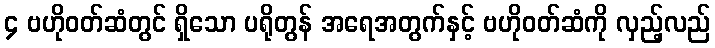
၄ ဗဟိုဝတ်ဆံတွင် ရှိသော ပရိုတွန် အရေအတွက်နှင့် ဗဟိုဝတ်ဆံကို လှည့်လည်